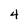
Character: 4